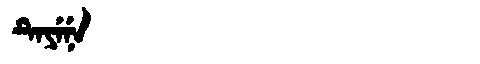
Manchu: ᡨᡝᠶᡝᠨᡝ
Romanization: TEYENE